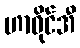
ဟာဝိုင်အီ